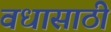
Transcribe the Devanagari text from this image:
वधासाठी